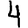
Digit: 4